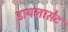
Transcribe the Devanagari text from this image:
डायलासेट